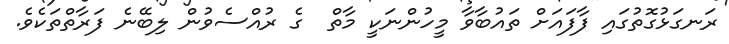
ރަނގަޅުގޮތުގައި ފާފައަށް ތައުބާވާ މީހުންނަކީ މާތް  ގެ ރުއްސެވުން ލިބޭނެ ފަރާތްތަކެވެ.